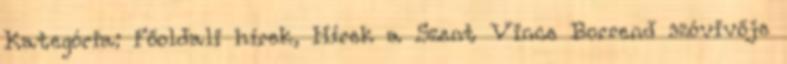
Kategória: Főoldali hírek, Hírek a Szent Vince Borrend szóvivője